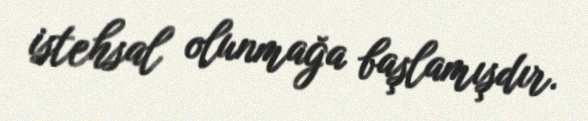
istehsal olunmağa başlamışdır.